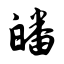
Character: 皤